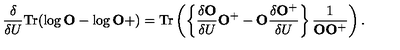
\frac { \delta } { \delta U } \mathrm { T r } ( \log { \bf O } - \log { \bf O } + ) = \mathrm { T r } \left( \left\{ \frac { \delta { \bf O } } { \delta U } { \bf O } ^ { + } - { \bf O } \frac { \delta { \bf O } ^ { + } } { \delta U } \right\} \frac { 1 } { { \bf O } { \bf O } ^ { + } } \right) .